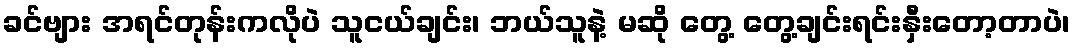
ခင်ဗျား အရင်တုန်းကလိုပဲ သူငယ်ချင်း၊ ဘယ်သူနဲ့ မဆို တွေ့ တွေ့ချင်းရင်းနှီးတော့တာပဲ၊